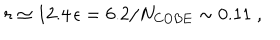
r \simeq 1 2 . 4 \, \epsilon = 6 . 2 / N _ { \mathrm { C O B E } } \sim 0 . 1 1 \; ,